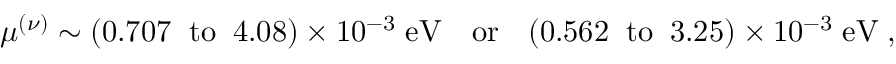
\mu ^ { ( \nu ) } \sim ( 0 . 7 0 7 \; \; \mathrm { t o } \; \; 4 . 0 8 ) \times 1 0 ^ { - 3 } \; \mathrm { e V ~ ~ ~ o r ~ ~ } \; ( 0 . 5 6 2 \; \; \mathrm { t o } \; \; 3 . 2 5 ) \times 1 0 ^ { - 3 } \; \mathrm { e V } \; ,